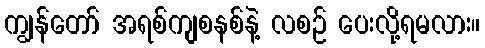
ကျွန်တော် အရစ်ကျစနစ်နဲ့ လစဉ် ပေးလို့ရမလား။